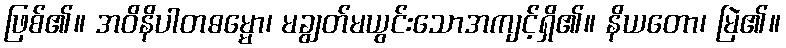
ဖြစ်၏။ အဝိနိပါတဓမ္မော၊ မချွတ်မယွင်းသောအကျင့်ရှိ၏။ နိယတော၊ မြဲ၏။